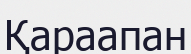
Қараапан